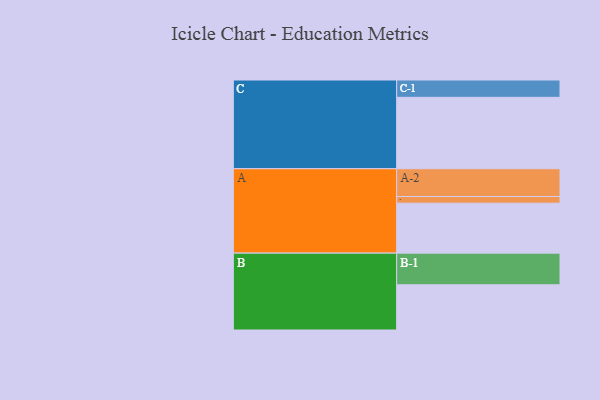
{"axis": {"x": "Segment", "y": "Value"}, "legend": ["", "A", "B", "C"], "data": [{"x": "A", "y": 412, "type": ""}, {"x": "B", "y": 373, "type": ""}, {"x": "C", "y": 589, "type": ""}, {"x": "A-1", "y": 55, "type": "A"}, {"x": "A-2", "y": 229, "type": "A"}, {"x": "B-1", "y": 261, "type": "B"}, {"x": "C-1", "y": 143, "type": "C"}]}